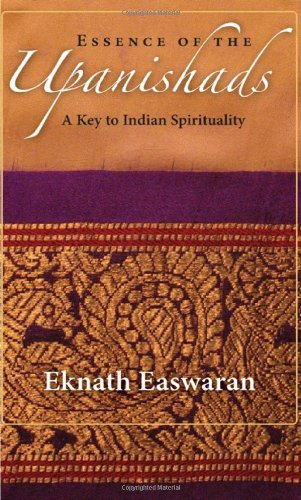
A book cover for Essence of the Upanishads: A Key to Indian Spirituality (Wisdom of India); Eknath Easwaran; Religion & Spirituality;